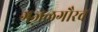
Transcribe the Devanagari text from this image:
गज़लगौरव